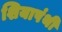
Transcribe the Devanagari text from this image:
शियापंथी